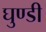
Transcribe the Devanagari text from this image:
घुण्डी